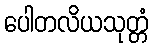
ပေါတလိယသုတ္တံ